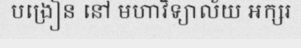
បង្រៀន នៅ មហាវិទ្យាល័យ អក្សរ